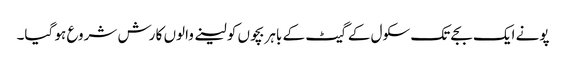
پونے ایک بجے تک سکول کے گیٹ کے باہر بچوں کو لینے والوں کا رش شروع ہو گیا۔